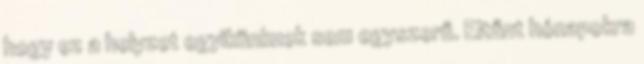
hogy ez a helyzet egyikünknek sem egyszerű. Eltűnt hónapokra